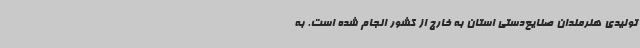
تولیدی هنرمندان صنایع‌دستی استان به خارج از کشور انجام شده است. به